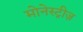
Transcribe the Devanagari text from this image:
मोनेस्ट्रीज़